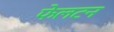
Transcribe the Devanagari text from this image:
फेलटन